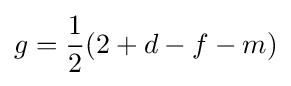
g={\frac {1}{2}}(2+d-f-m)